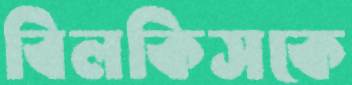
বিলকিসকে